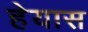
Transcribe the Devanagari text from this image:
हेयास